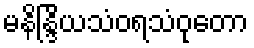
မနိန္ဒြိယသံဝရသံဝုတော